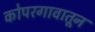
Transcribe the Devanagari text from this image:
कोपरगावातून